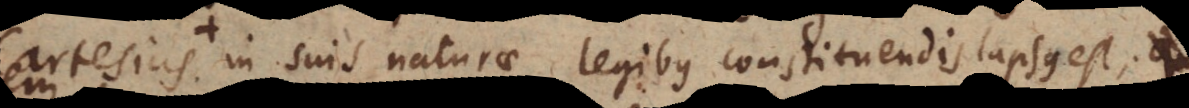
Cartesius, in suis naturae legibus constituendis lapsus est.